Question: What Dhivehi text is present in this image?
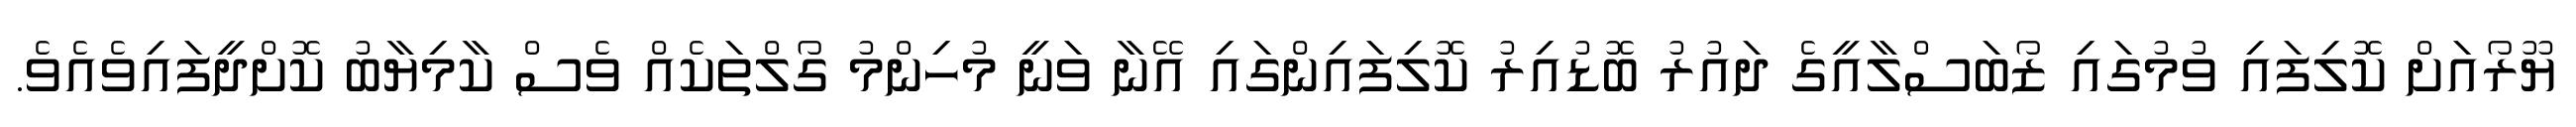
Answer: ޔޫރޯއަށް ކޮލިފައި ވުމުގައި ޒޯބަސްލާއީގެ ދައުރު ބޮޑުއިރު ކޮލިފައިންގައި އޭނާ ވަނީ މުހިންމު ގޯލްތަކެއް ވެސް ކާމިޔާބު ކޮށްދީފައިވެއެވެ.